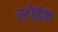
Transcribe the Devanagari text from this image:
स्टोईक